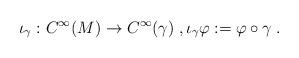
LaTeX: \begin{align*}\iota_\gamma: C^\infty(M) \to C^\infty(\gamma)\;,\iota_{\gamma} \varphi := \varphi\circ \gamma\;.\end{align*}